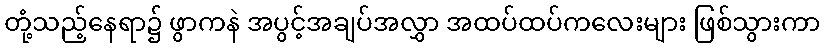
တုံ့သည့်နေရာ၌ ဖွာကနဲ အပွင့်အချပ်အလွှာ အထပ်ထပ်ကလေးများ ဖြစ်သွားကာ